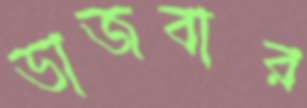
ভাজবার